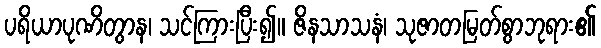
ပရိယာပုဏိတွာန၊ သင်ကြားပြီး၍။ ဇိနသာသနံ၊ သုဇာတမြတ်စွာဘုရား၏